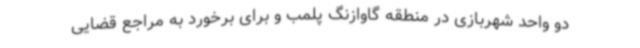
دو واحد شهربازی در منطقه گاوازنگ پلمب و برای برخورد به مراجع قضایی